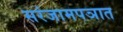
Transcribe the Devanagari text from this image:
सरंजामपञात